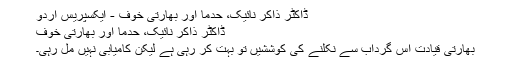
ڈاکٹر ذاکر نائیک، حدما اور بھارتی خوف - ایکسپریس اردو
ڈاکٹر ذاکر نائیک، حدما اور بھارتی خوف
بھارتی قیادت اس گرداب سے نکلنے کی کوششیں تو بہت کر رہی ہے لیکن کامیابی نہیں مل رہی۔